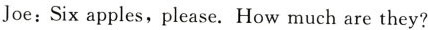
Joe:Six apples,please.How much are they?